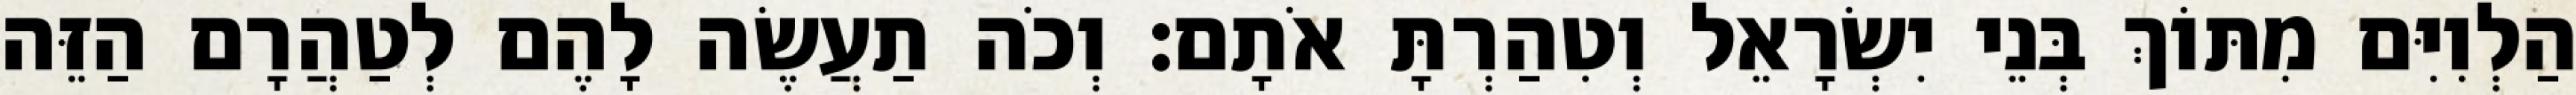
הַלְוִיִּם מִתּוֹךְ בְּנֵי יִשְׂרָאֵל וְטִהַרְתָּ אֹתָם׃ וְכֹה תַעֲשֶׂה לָהֶם לְטַהֲרָם הַזֵּה